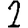
Digit: 2